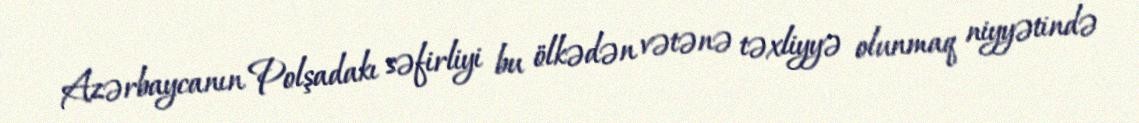
Azərbaycanın Polşadakı səfirliyi bu ölkədən vətənə təxliyyə olunmaq niyyətində